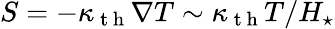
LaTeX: S=-\kappa_{\mathrm{~t~h~}}\nabla T\sim\kappa_{\mathrm{~t~h~}}T/H_{\star}